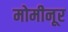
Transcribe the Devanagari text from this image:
मोमीनूर